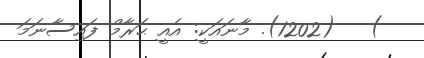
)   (1202). މާނައަކީ: އެއީ ޙަރާމް ފައިސާނަމަ